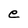
Character: e